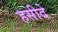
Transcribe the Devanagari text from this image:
हसीदे